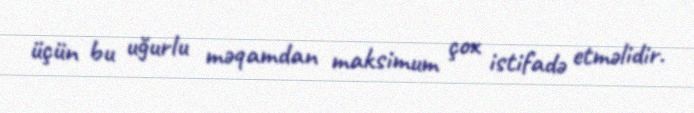
üçün bu uğurlu məqamdan maksimum çox istifadə etməlidir.